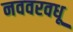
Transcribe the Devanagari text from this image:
नववरवधू